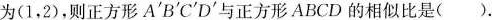
为(1，2)，则正方形A^{'}B^{'}C^{'}D^{'}与正方形ABCD的相似比是().